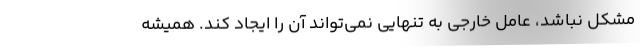
مشکل نباشد، عامل خارجی به تنهایی نمی‌تواند آن را ایجاد کند. همیشه